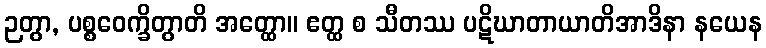
ဉတွာ, ပစ္စဝေက္ခိတွာတိ အတ္ထော။ ဧတ္ထ စ သီတဿ ပဋိဃာတာယာတိအာဒိနာ နယေန